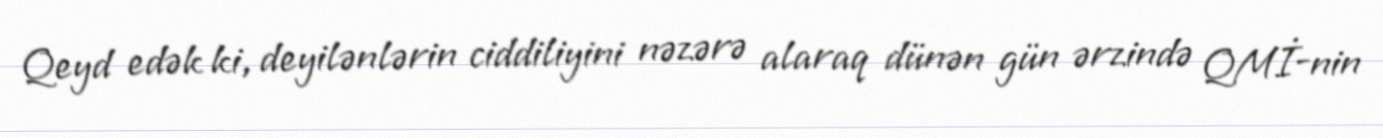
Qeyd edək ki, deyilənlərin ciddiliyini nəzərə alaraq dünən gün ərzində QMİ-nin